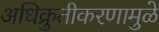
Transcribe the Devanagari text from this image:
अधिक्रुतीकरणामुळे